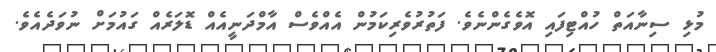
މުޅި ސިނާއަތް ހުއްޓިފައި އޮވެގެންނެވެ. ފަތުރުވެރިކަމުން އެއްވެސް އާމްދަނީއެއް ޑޮލަރެއް ގައުމަށް ނުވަދެއެވެ.